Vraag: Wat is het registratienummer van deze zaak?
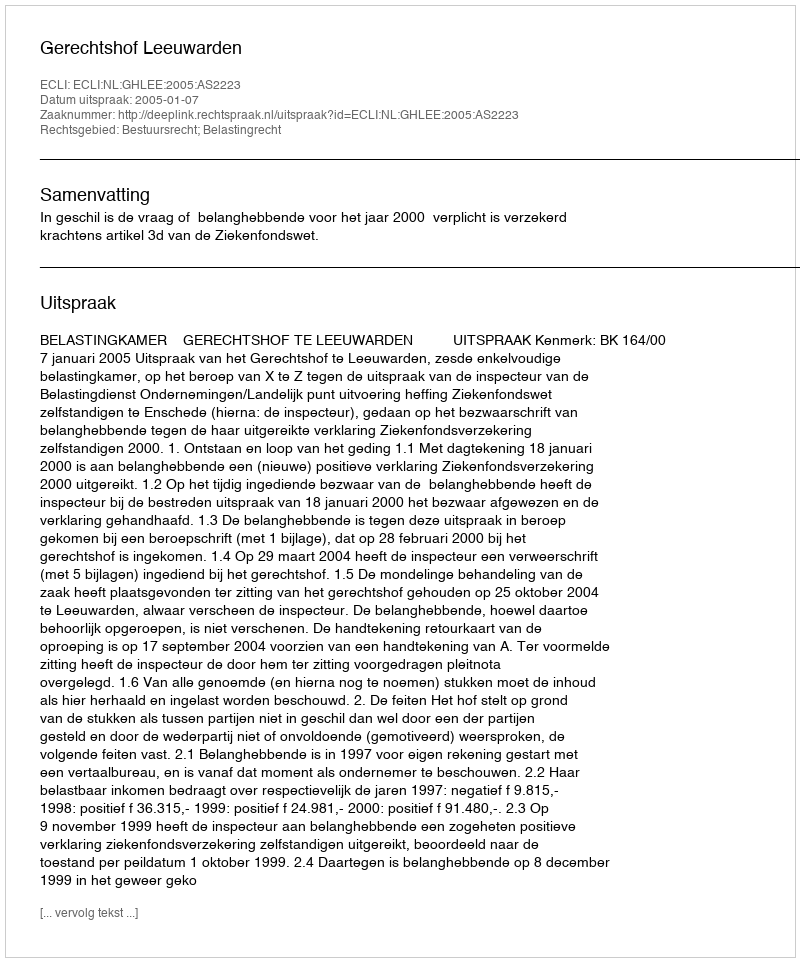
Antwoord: http://deeplink.rechtspraak.nl/uitspraak?id=ECLI:NL:GHLEE:2005:AS2223